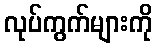
လုပ်ကွက်များကို